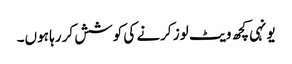
یونہی کچھ ویٹ لوز کرنے کی کوشش کر رہا ہوں۔